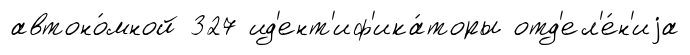
автоно́мной 327 ид'ент'иф'ика́торы отд'ел'е́н'иjа